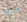
من